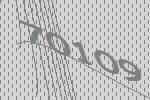
70109